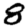
Digit: 8